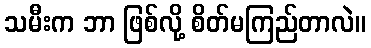
သမီးက ဘာ ဖြစ်လို့ စိတ်မကြည်တာလဲ။